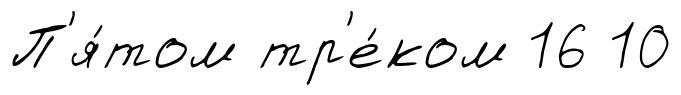
П'я́том тр'е́ком 16 10